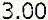
3.00